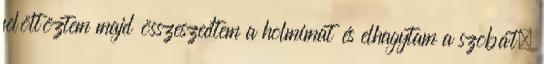
felöltöztem majd összeszedtem a holmimat és elhagytam a szobát.